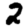
Digit: 2